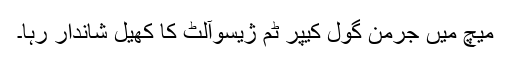
میچ میں جرمن گول کیپر ٹم ژیسوآلٹ کا کھیل شاندار رہا۔